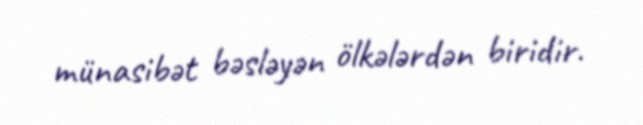
münasibət bəsləyən ölkələrdən biridir.